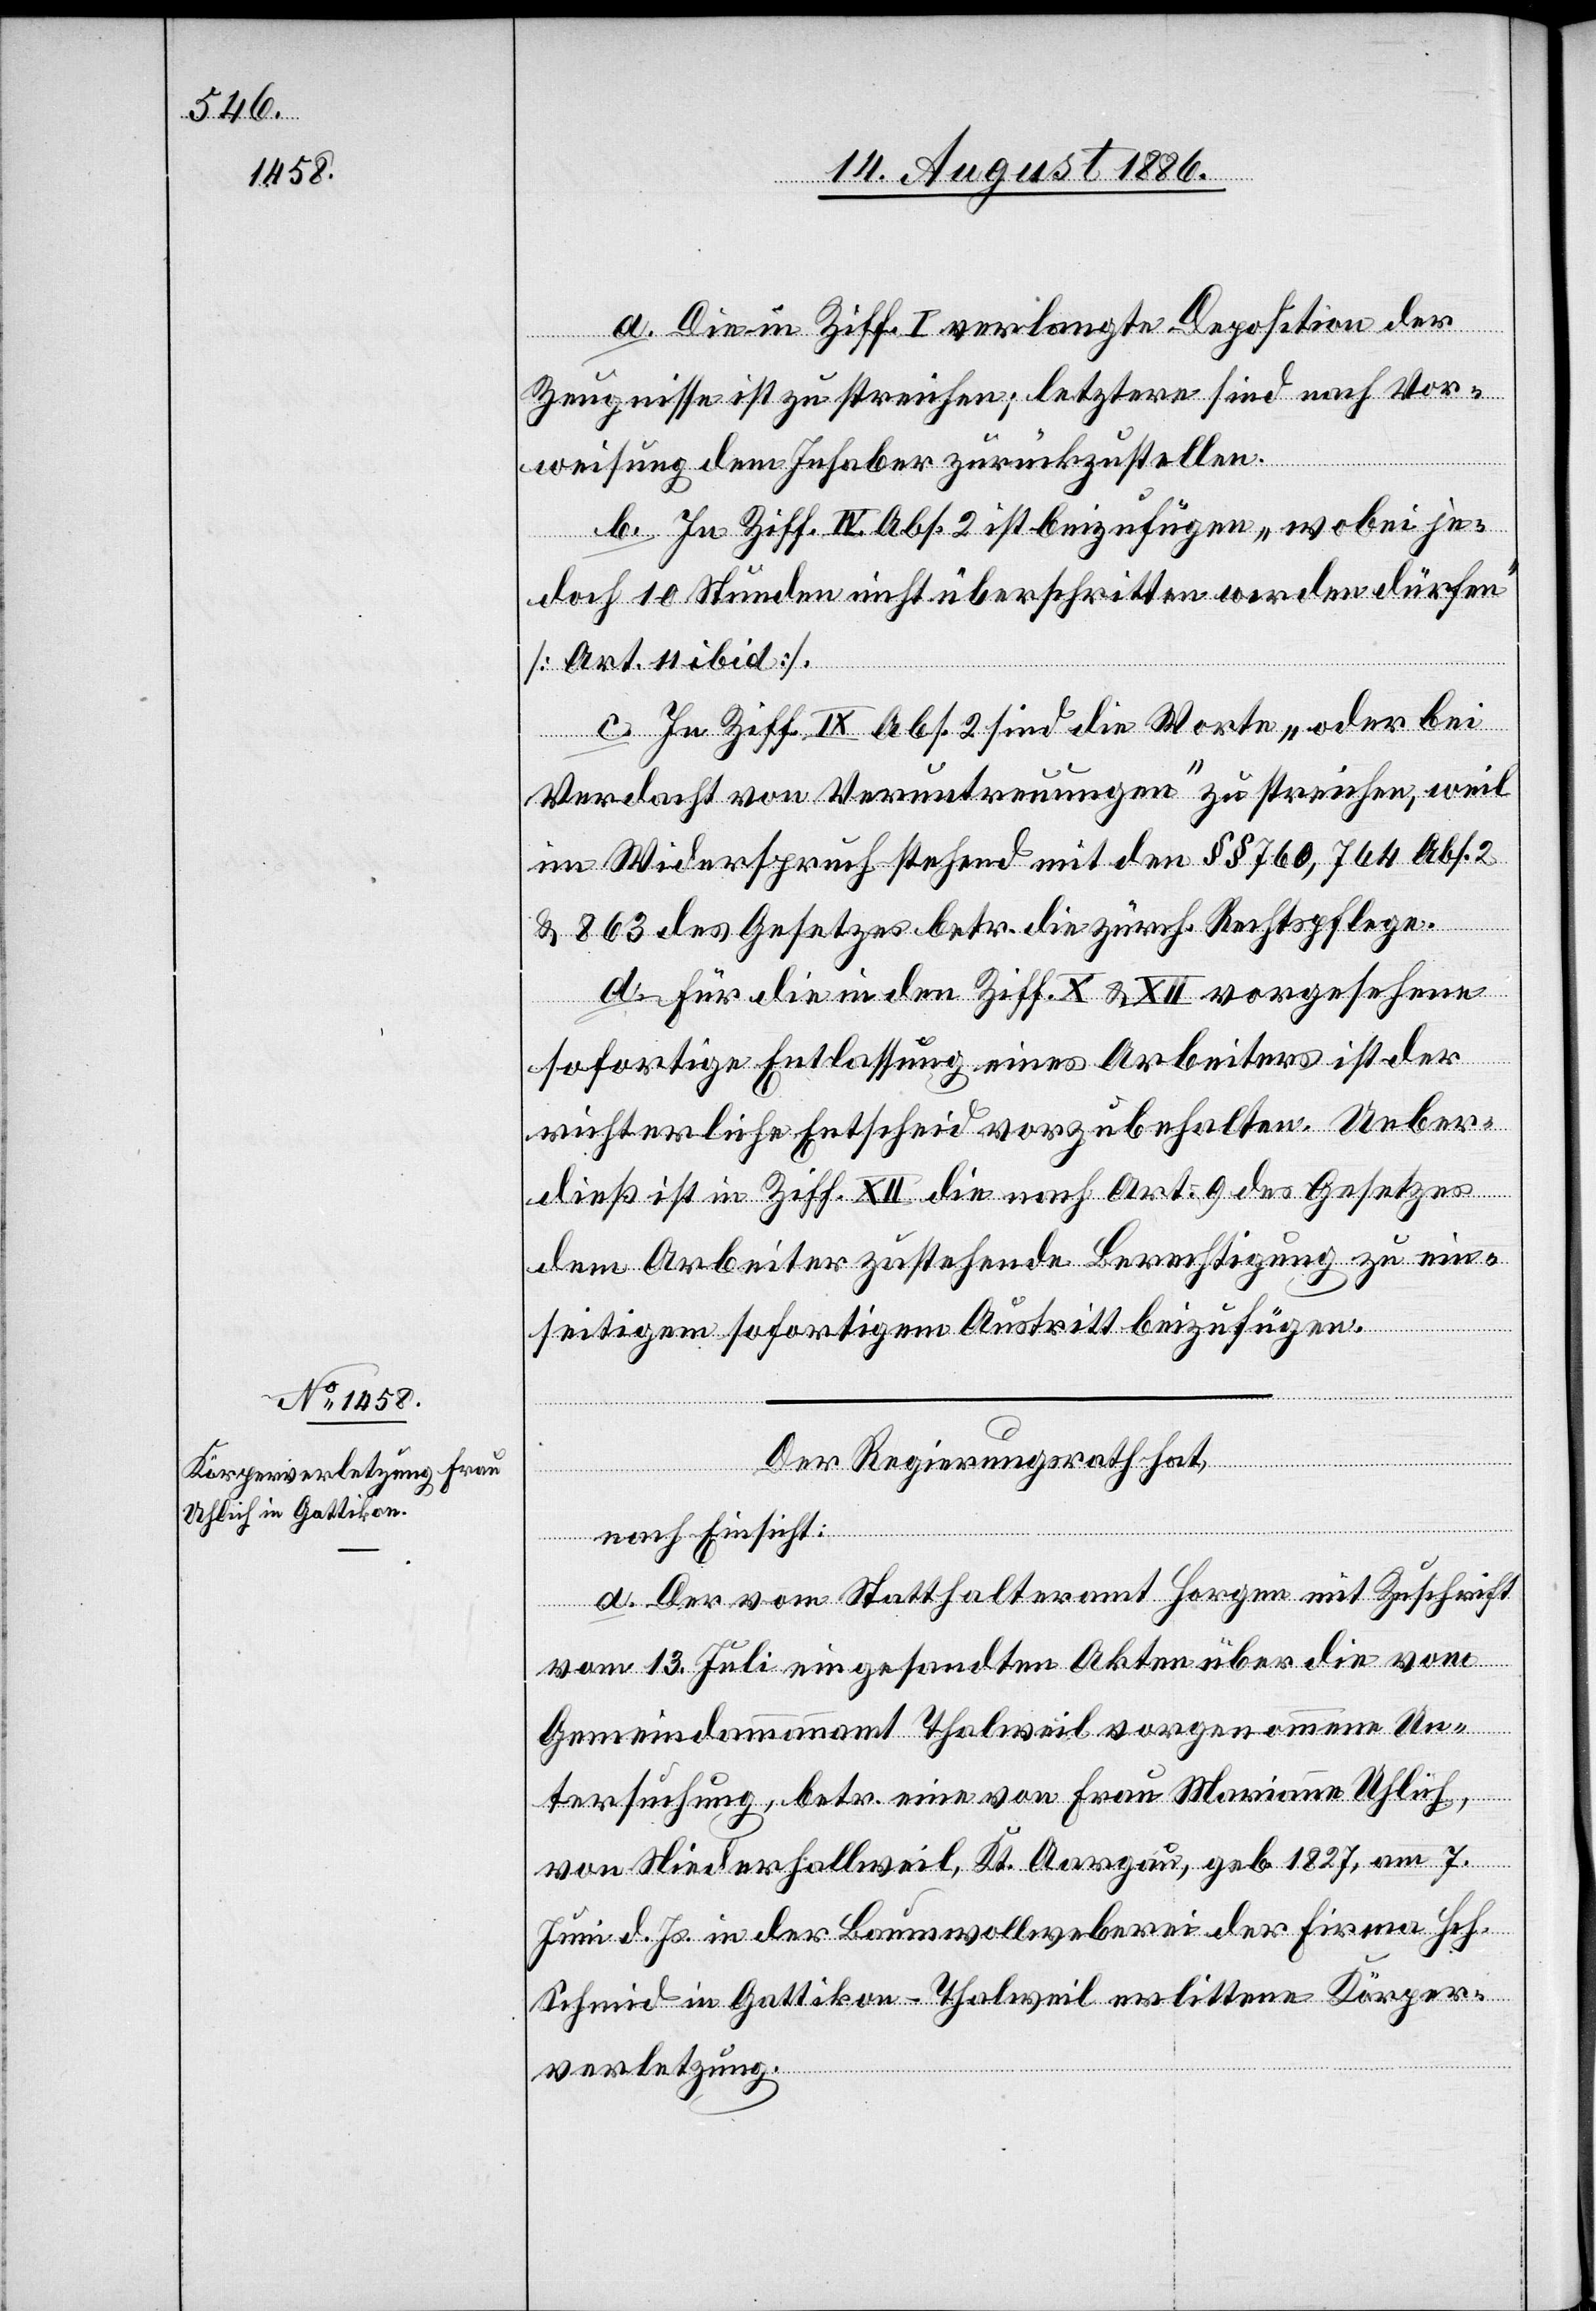
a. Die in Ziff. I verlangte Deposition der
Zeugnisse ist zu streichen; letztere sind nach Vor¬
weisung dem Inhaber zurückzustellen.
b. In Ziff. IV. Abs. 2 ist beizufügen „wobei je¬
doch 10 Stunden nicht überschritten werden dürfen“
[Art. 11 ibid].
c. In Ziff. IX Abs. 2 sind die Worte „oder bei
Verdacht von Veruntreuungen“ zu streichen, weil
im Widerspruch stehend mit den §§ 760, 764 Abs. 2
& 863 des Gesetzes betr. die zürch. Rechtspflege.
d. Für die in den Ziff. X & XII vorgesehene
sofortige Entlassung eines Arbeiters ist der
richterliche Entscheid vorzubehalten. Ueber¬
dieß ist in Ziff. XII die nach Art. 9 des Gesetzes
dem Arbeiter zustehende Berechtigung zu ein¬
seitigem sofortigem Austritt beizufügen.
Der Regierungsrath hat,
nach Einsicht:
a. Der vom Statthalteramt Horgen mit Zuschrift
vom 13. Juli eingesandten Akten über die vom
Gemeindammannamt Thalweil vorgenommene Un¬
tersuchung, betr. eine von Frau Marianne Uhlich,
von Niederhallweil, Kt. Aargau, geb. 1827, am 7.
Juni d. Js. in der Baumwollweberei der Firma Hch.
Schmid in Gattikon - Thalweil erlittene Körper¬
verletzung.